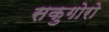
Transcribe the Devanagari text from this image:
सकुगोरो